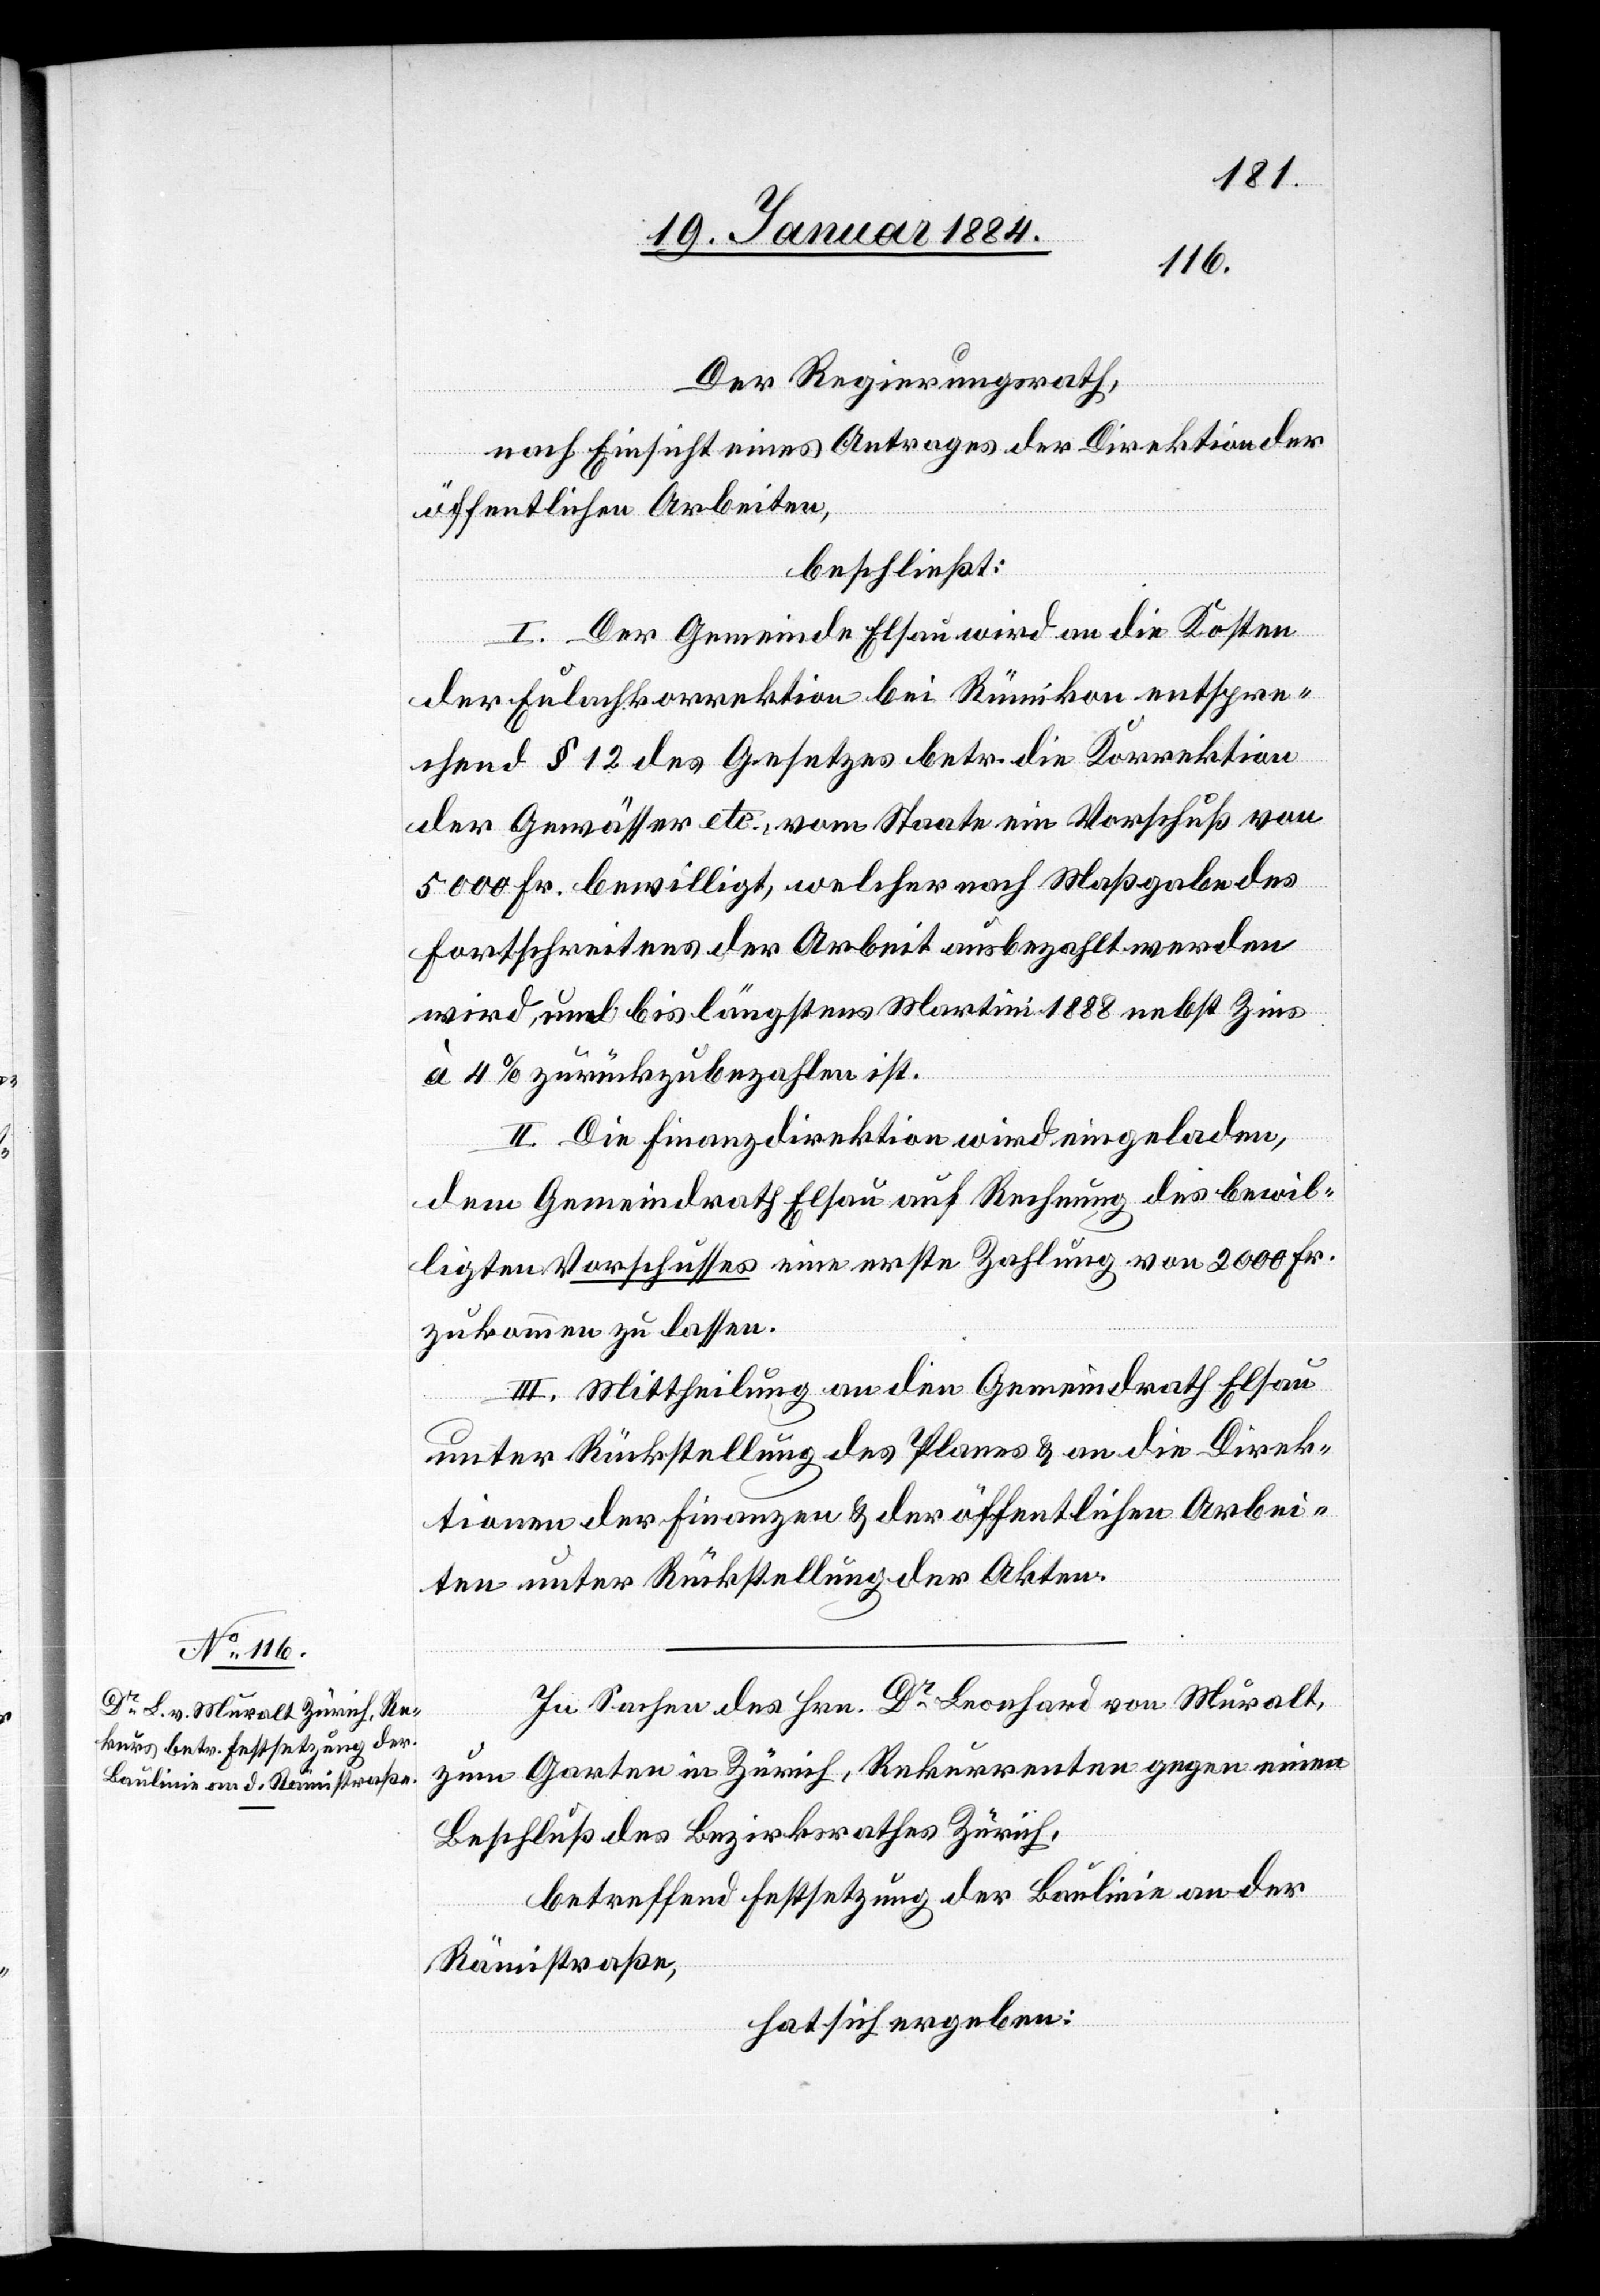
Der Regierungsrath,
nach Einsicht eines Antrages der Direktion der
öffentlichen Arbeiten,
beschließt:
I. Der Gemeinde Elsau wird an die Kosten
der Eulachkorrektion bei Rümikon entspre¬
chend § 12 des Gesetzes betr. die Korrektion
der Gewässer etc. vom Staate ein Vorschuß von
5000 Fr. bewilligt, welcher nach Maßgabe des
Fortschreitens der Arbeit ausbezahlt werden
wird, und bis längstens Martini 1888 nebst Zins
à 4% zurückzubezahlen ist.
II. Die Finanzdirektion wird eingeladen,
dem Gemeindrath Elsau auf Rechnung des bewil¬
ligten Vorschusses eine erste Zahlung von 2000 Fr.
zukommen zu lassen.
III. Mittheilung an den Gemeindrath Elsau
unter Rückstellung des Planes & an die Direk¬
tionen der Finanzen & der öffentlichen Arbei¬
ten unter Rückstellung der Akten.
In Sachen des Hrn. Dr Leonhard von Muralt,
zum Garten in Zürich, Rekurrenten gegen einen
Beschluß des Bezirksrathes Zürich,
betreffend Festsetzung der Baulinie an der
Rämistraße,
hat sich ergeben: